Civil Veterinary Department Bihar reports 1936-40 - 1936-1940
Year: 1936
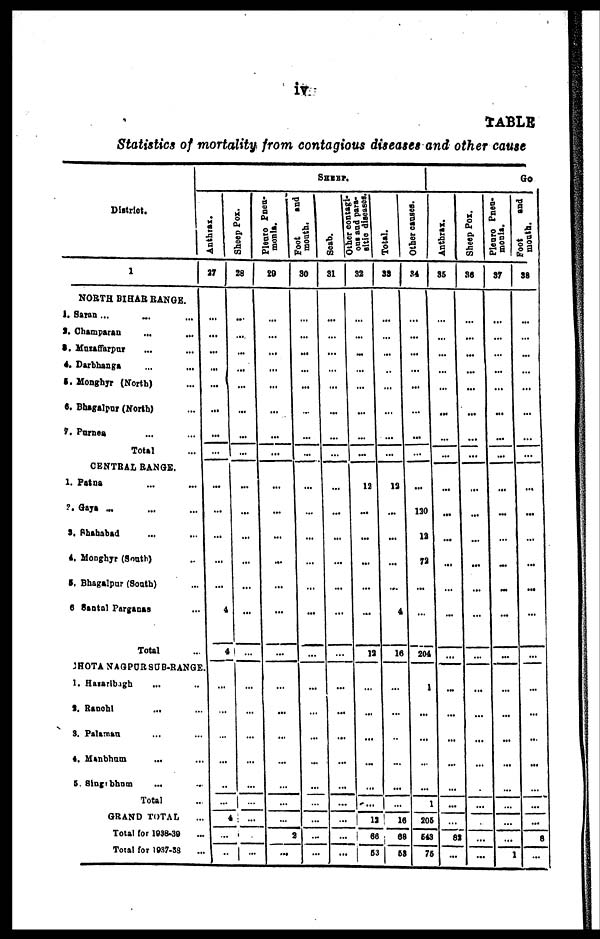
iv
TABLE
Statistics of mortality from contagious diseases and other cause
District.
1
NORTH BIHAR RANGE.
1. Saran ... ... ...
2. Champaran ... ...
3. Mnzaffarpur ... ...
4. Darbhanga ... ...
5. Mongbyr (North) ...
6. Bhagalpur (North) ...
7. Parnes ... ...
Total ...
CENTRAL RANGE.
1. Patna ... ...
2. Gaya ... ... ...
9. Shahabad ... ...
4. Monghyr (South) ...
5. Bhagalpur (South)
6 Santal Parganas
Total
SREEP.
Anthrax.
27
...
...
...
...
...
...
...
...
...
...
...
...
...
...
...
HOTA NAGPOR SUB-RANGE.
1. Hasaribagh ...
2. Ranchi ...
3. Palaman ...
4. Manbhum ...
5. Singrbhum ...
Total
GRAND TOTAL
Total for 1938-39
Total for 1937-38
...
...
...
...
...
...
...
...
Sheep Pox.
28
...
....
...
...
...
...
...
...
... ...
... ...
... ...
... ...
... ...
4
...
4
...
... ...
... ...
... ...
... ...
... ...
... ...
4
...
...
...
Pleuro pneu-
monia.
Foot
and
29
...
...
...
...
...
...
...
...
...
...
...
...
...
...
...
...
...
...
...
...
...
...
2
...
mouth.
30
...
...
...
...
...
...
...
...
...
...
...
...
...
...
...
...
...
...
...
...
...
...
...
...
Scab.
Other contagi-
31
...
...
...
...
...
...
...
...
...
...
...
...
...
...
...
...
...
...
...
...
...
...
...
...
ous
and para-
sitic diseases.
32
...
...
...
...
...
...
...
...
12
...
...
...
...
...
12
...
...
...
...
...
...
14
63
53
Total.
33
...
...
...
...
...
...
...
...
12
...
...
...
...
4
16
...
...
...
...
...
...
...
...
56
Other causes.
34
...
...
...
...
...
...
...
...
...
120
12
72
...
...
204
1
...
...
...
...
...
205
543
75
Anthrax.
35
...
...
...
...
...
...
...
...
...
...
...
...
...
...
...
...
...
...
...
...
...
...
82
...
Sheep pox.
36
..
...
...
...
...
...
...
...
...
...
...
...
...
...
...
...
...
...
...
...
...
...
...
...
monia.
37
...
...
...
...
...
...
...
...
...
...
...
...
...
...
...
...
...
...
...
...
...
...
...
...
Go
Foot
and
month.
38
...
...
...
...
...
...
...
...
...
...
...
...
...
...
...
...
...
...
...
...
...
....
8
1